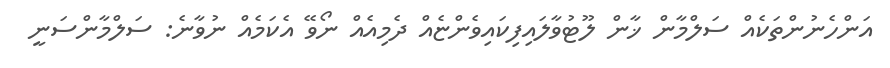
އަންހެނުންތަކެއް ސަލްމާން ޚާން ލޫޓުވާލައިފިކައިވެންޏެއް ދެމިއެއް ނޯވޭ އެކަމެއް ނުވާނެ: ސަލްމާންސަނީ